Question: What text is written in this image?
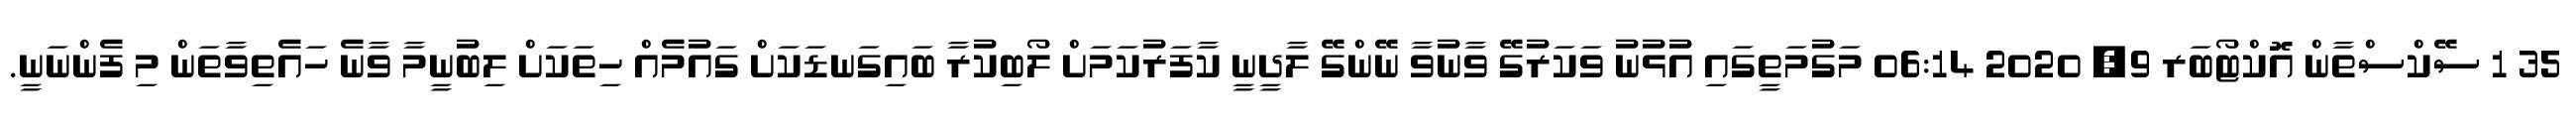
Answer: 35 1 ސޭކްސްތާން އޮކްޓޯބަރ 9, 2020 06:14 މަގުމަތީގައި އުޅުނު ވަކަރުގޭ ވާނުވާ ނޭންގޭ ލާދީނީ ކާފަރުކަމަށް ލޯބިކުރާ ބައިގަނޑަކަށް ގައުމެއް ހިތަކަށް ލިބުނީމާ ވާނެ ހައެތިވާތަން މި ފެންނަނީ.